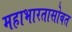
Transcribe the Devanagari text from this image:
महाभारतासोबत